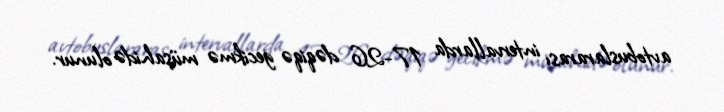
avtobuslararası intervallarda 17-26 dəqiqə gecikmə müşahidə olunur.